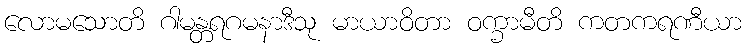
လောမသောတိ ဂါမန္တရဂမနာဒီသု မာယာဝိတာ ဝက္ခာမီတိ ကတကရဏီယာ